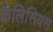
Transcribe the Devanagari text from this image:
कैलिसियस